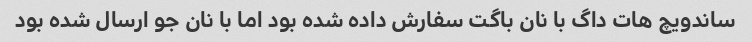
ساندویچ هات داگ با نان باگت سفارش داده شده بود اما با نان جو ارسال شده بود